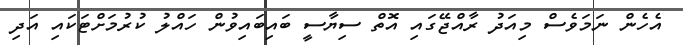
އެހެން ނަމަވެސް މިއަދު ރާއްޖޭގައި އޮތް ސިޔާސީ ބައިބައިވުން ހައްލު ކުރުމަށްޓަކައި އަދި